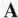
A